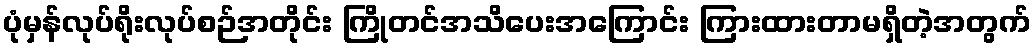
ပုံမှန်လုပ်ရိုးလုပ်စဉ်အတိုင်း ကြိုတင်အသိပေးအကြောင်း ကြားထားတာမရှိတဲ့အတွက်